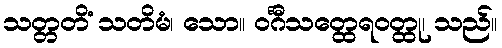
သတ္တတိံ သတိမံ၊ သော။ ဝင်္ဂီသတ္ထေရဝတ္ထု၊ သည်။